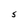
Character: S